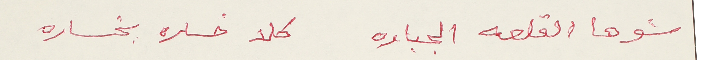
شوها القلعه الجباره كلا خساره بخساره